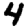
Digit: 4